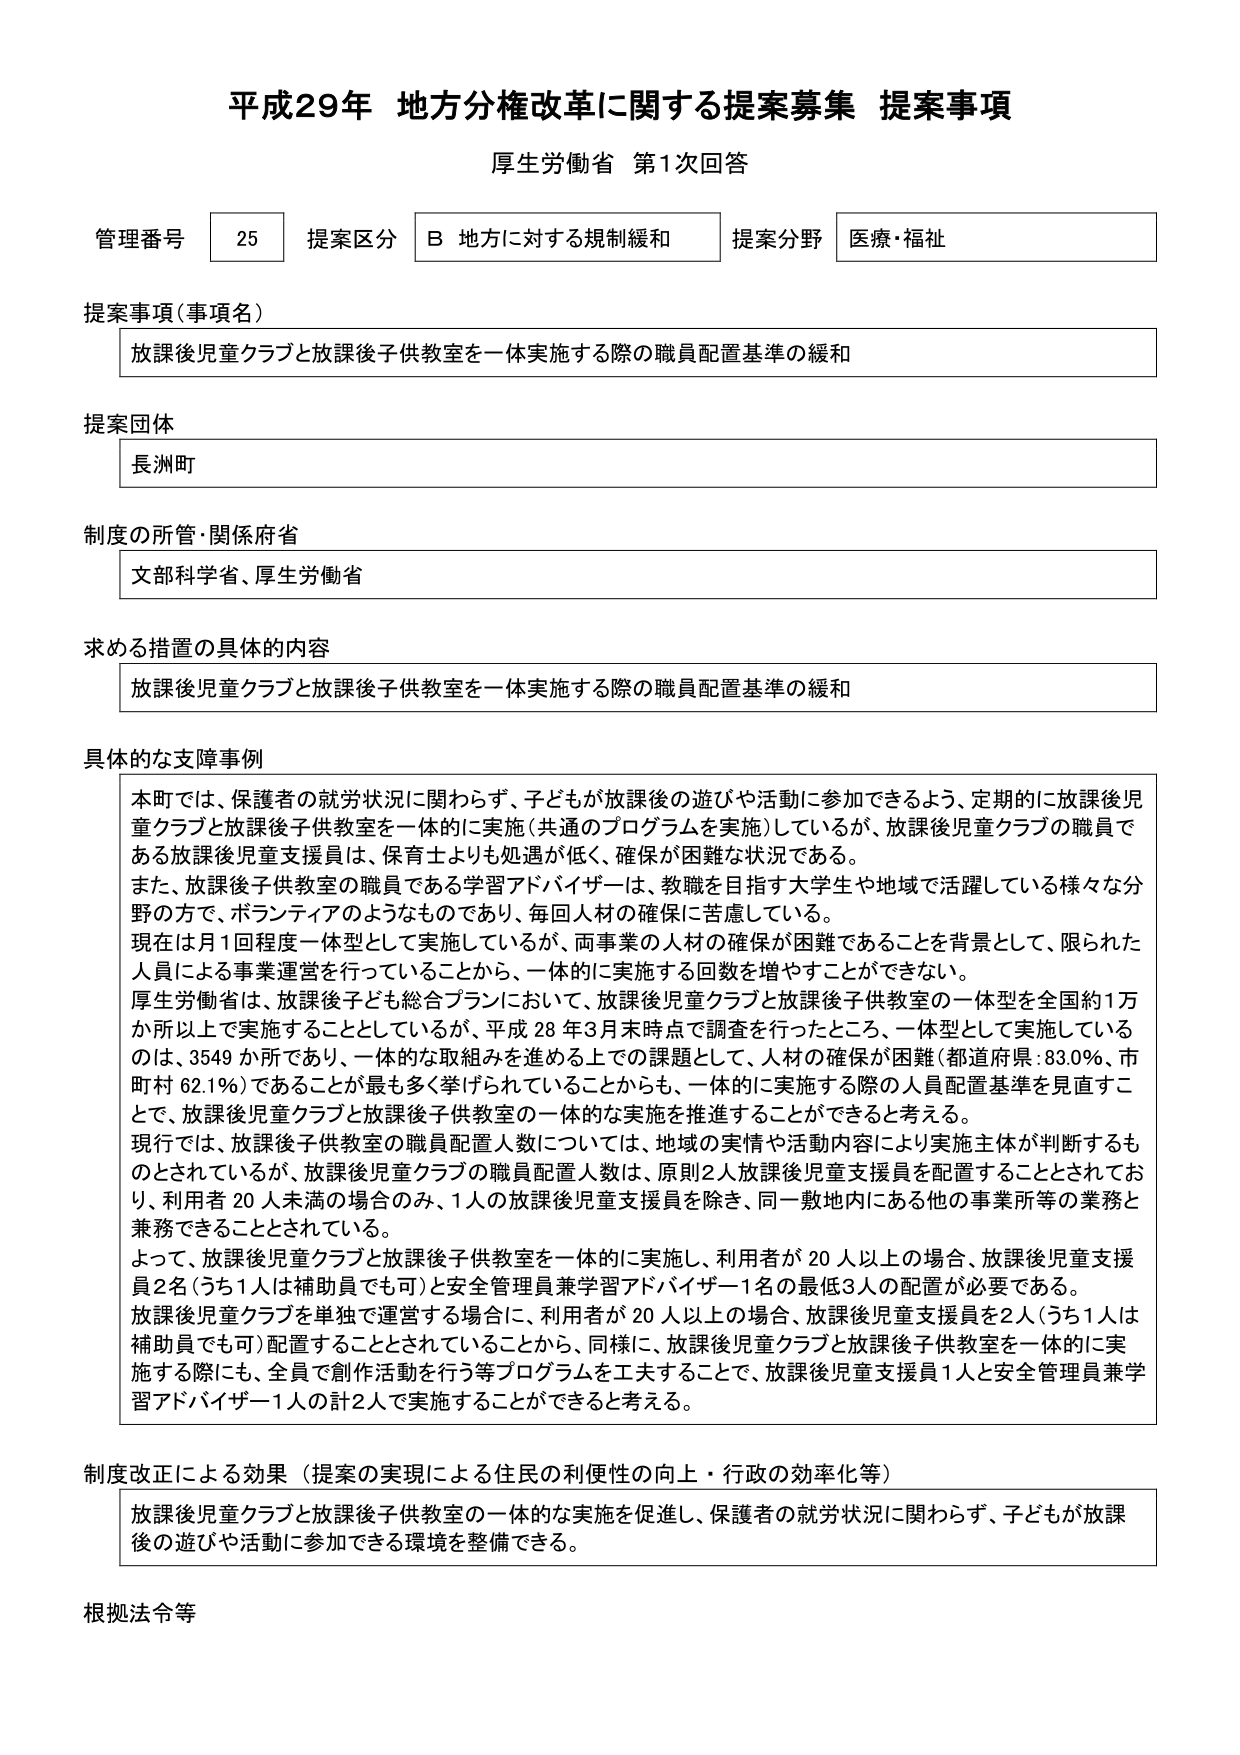
平成29年 地方分権改革に関する提案募集 提案事項
厚生労働省 第1次回答

管理番号 25 提案区分 B 地方に対する規制緩和 提案分野 医療・福祉

提案事項（事項名）
放課後児童クラブと放課後子供教室を一体実施する際の職員配置基準の緩和

提案団体
長洲町

制度の所管・関係府省
文部科学省、厚生労働省

求める措置の具体的内容
放課後児童クラブと放課後子供教室を一体実施する際の職員配置基準の緩和

具体的な支障事例
本町では、保護者の就労状況に関わらず、子どもが放課後の遊びや活動に参加できるよう、定期的に放課後児童クラブと放課後子供教室を一体的に実施（共通のプログラムを実施）しているが、放課後児童クラブの職員である放課後児童支援員は、保育士よりも処遇が低く、確保が困難な状況である。
また、放課後子供教室の職員である学習アドバイザーは、教職を目指す大学生や地域で活躍している様々な分野の方で、ボランティアのようなものであり、毎回人材の確保に苦慮している。
現在は月1回程度一体型として実施しているが、両事業の人材の確保が困難であることを背景として、限られた人員による事業運営を行っていることから、一体的に実施する回数を増やすことができない。
厚生労働省は、放課後子ども総合プランにおいて、放課後児童クラブと放課後子供教室の一体型を全国約1万か所以上で実施することとしているが、平成28年3月末時点で調査を行ったところ、一体型として実施しているのは、3549か所であり、一体的な取組みを進める上での課題として、人材の確保が困難（都道府県：83.0％、市町村 62.1％）であることが最も多く挙げられていることからも、一体的に実施する際の人員配置基準を見直すことと、放課後児童クラブと放課後子供教室の一体的な実施を推進することができると考える。
現行では、放課後子供教室の職員配置人数については、地域の実情や活動内容により実施主体が判断するものとされているが、放課後児童クラブの職員配置人数は、原則2人放課後児童支援員を配置することとされており、利用者20人未満の場合のみ、1人の放課後児童支援員を除き、同一敷地内にある他の事業所等の業務と兼務できることとされている。
よって、放課後児童クラブと放課後子供教室を一体的に実施し、利用者が20人以上の場合、放課後児童支援員2名（うち1人は補助員でも可）と安全管理員兼学習アドバイザー1名の最低3人の配置が必要である。
放課後児童クラブを単独で運営する場合に、利用者が20人以上の場合、放課後児童支援員を2人（うち1人は補助員でも可）配置することとされていることから、同様に、放課後児童クラブと放課後子供教室を一体的に実施する際にも、全員で創作活動を行う等プログラムを工夫することで、放課後児童支援員1人と安全管理員兼学習アドバイザー1人の計2人で実施することができると考える。

制度改正による効果（提案の実現による住民の利便性の向上・行政の効率化等）
放課後児童クラブと放課後子供教室の一体的な実施を促進し、保護者の就労状況に関わらず、子どもが放課後の遊びや活動に参加できる環境を整備できる。

根拠法令等